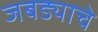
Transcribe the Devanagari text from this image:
जबड्याचे